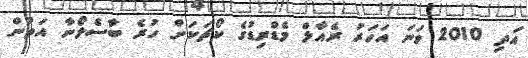
އަދި 2010 ވަނަ އަހަރު ރެއާލް މެޑްރިޑުގެ ކޯޗަކަށް ހުރެ ބާސެލޯނާ އަތުން